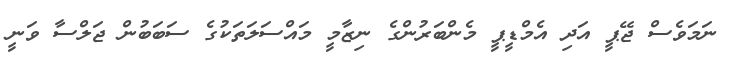
ނަމަވެސް ޖޭޕީ އަދި އެމްޑީޕީ މެންބަރުންގެ ނިޒާމީ މައްސަލަތަކުގެ ސަބަބުން ޖަލްސާ ވަނީ